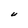
Character: U